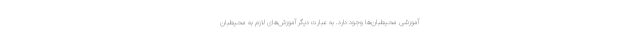
آموزشی محیطبان‌ها وجود دارد. به عبارت دیگر آموزش‌های لازم به محیطبان